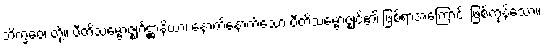
ဘိက္ခဝေ၊ တို့။ ပီတိသမ္ဗောဇ္ဈင်္ဂဋ္ဌာနိယာ၊ နောက်နောက်သော ပီတိသမ္ဗောဇ္ဈင်၏ ဖြစ်ရာအကြောင်း ဖြစ်ကုန်သော။